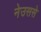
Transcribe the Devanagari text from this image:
नेउससे